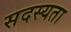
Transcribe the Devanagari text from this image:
सदस्यता